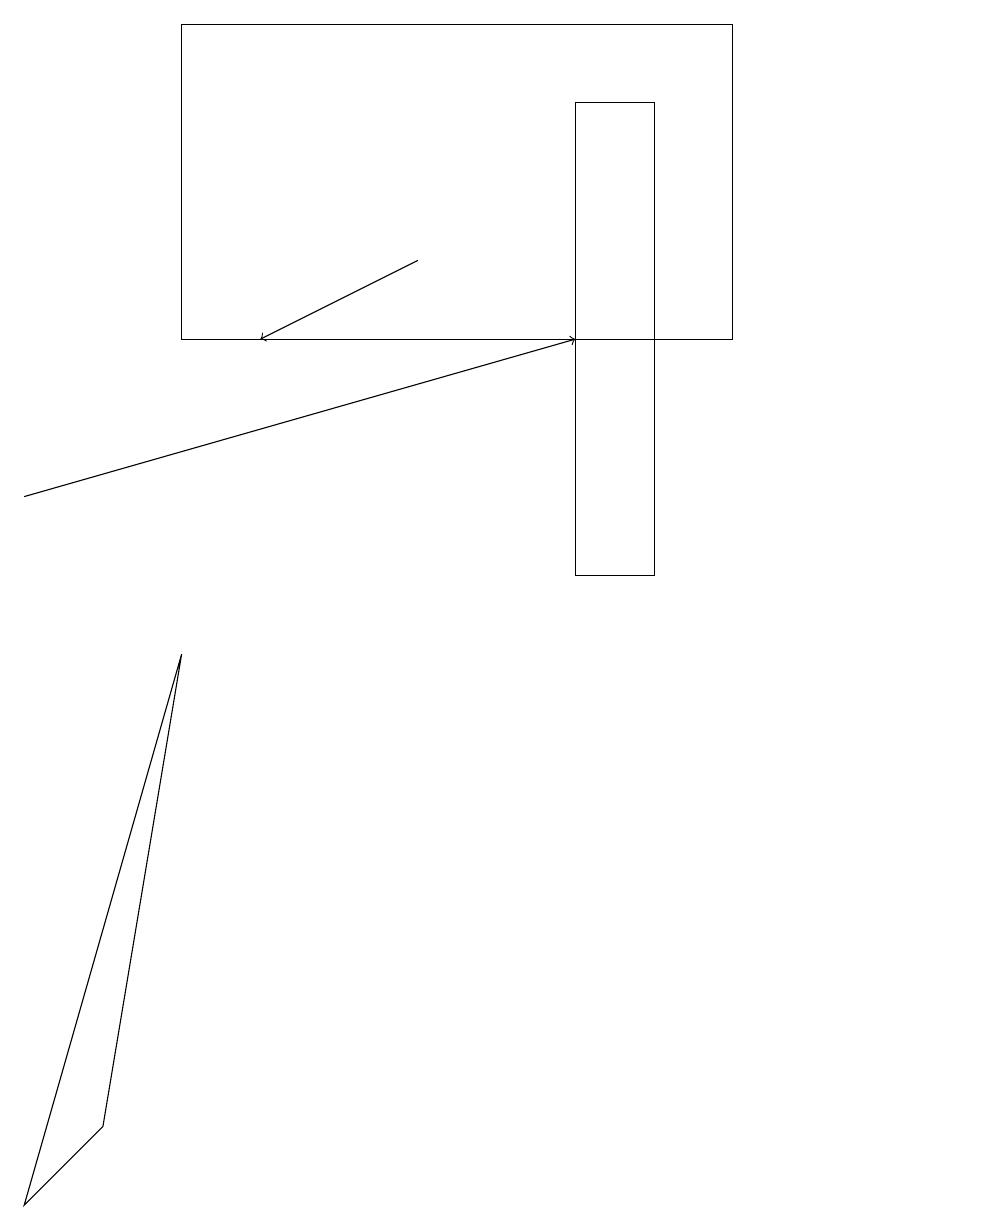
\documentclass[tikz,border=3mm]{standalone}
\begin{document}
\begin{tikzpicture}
\draw (0,2) -- (1,3) -- (2,9) -- cycle;
\draw[->] (0,11) -- (7,13);
\draw (7,10) rectangle (8,16);
\draw (2,13) rectangle (9,17);
\draw[->] (5,14) -- (3,13);
\draw (12,11) circle (0);
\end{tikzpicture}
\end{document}